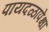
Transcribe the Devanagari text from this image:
पायदळापेक्षा